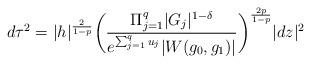
LaTeX: \begin{align*}d\tau^2 = |h|^{\frac{2}{1-p}}\bigg(\dfrac{\Pi_{j=1}^q|G_j|^{1-\delta}}{e^{\sum_{j=1}^qu_j}|W(g_0,g_1)|}\bigg)^{\frac{2p}{1-p}}|dz|^2\end{align*}